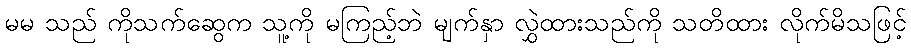
မမ သည် ကိုသက်ဆွေက သူ့ကို မကြည့်ဘဲ မျက်နှာ လွှဲထားသည်ကို သတိထား လိုက်မိသဖြင့်